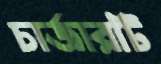
চার্জারটি